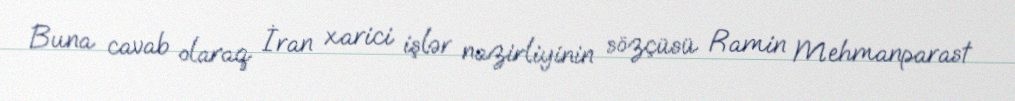
Buna cavab olaraq İran xarici işlər nazirliyinin sözçüsü Ramin Mehmanparast